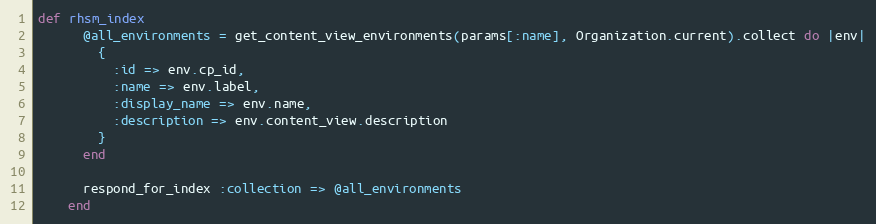
Language: Ruby
def rhsm_index
      @all_environments = get_content_view_environments(params[:name], Organization.current).collect do |env|
        {
          :id => env.cp_id,
          :name => env.label,
          :display_name => env.name,
          :description => env.content_view.description
        }
      end

      respond_for_index :collection => @all_environments
    end